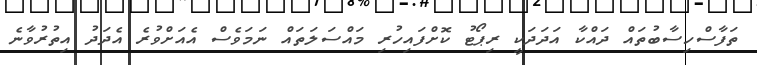
ތަފާސްހިސާބުތައް ދައްކާ އަދަދަކީ ރިޕޯޓު ކޮށްފައިހުރި މައްސަލަތައް ނަމަވެސް އެއަށްވުރެ އެދަދު އިތުރުވާނެ